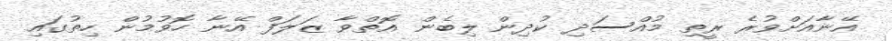
އޭނާއަށްވުރެ ރީތި މުއްސަދި ކުދިން ލިބެން އޮތްވާ ޒަލަފް އޭނާ ހޮވުމުން ހިތުގައި